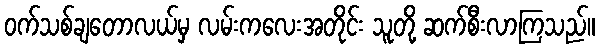
ဝက်သစ်ချတောလယ်မှ လမ်းကလေးအတိုင်း သူတို့ ဆက်စီးလာကြသည်။